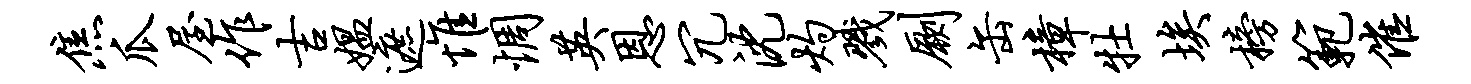
焦瓜屋作吉媪遮惟惆英恩冗沈灼戮劂缶樟牡埃榜范催